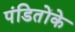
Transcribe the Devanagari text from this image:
पंडितोंके